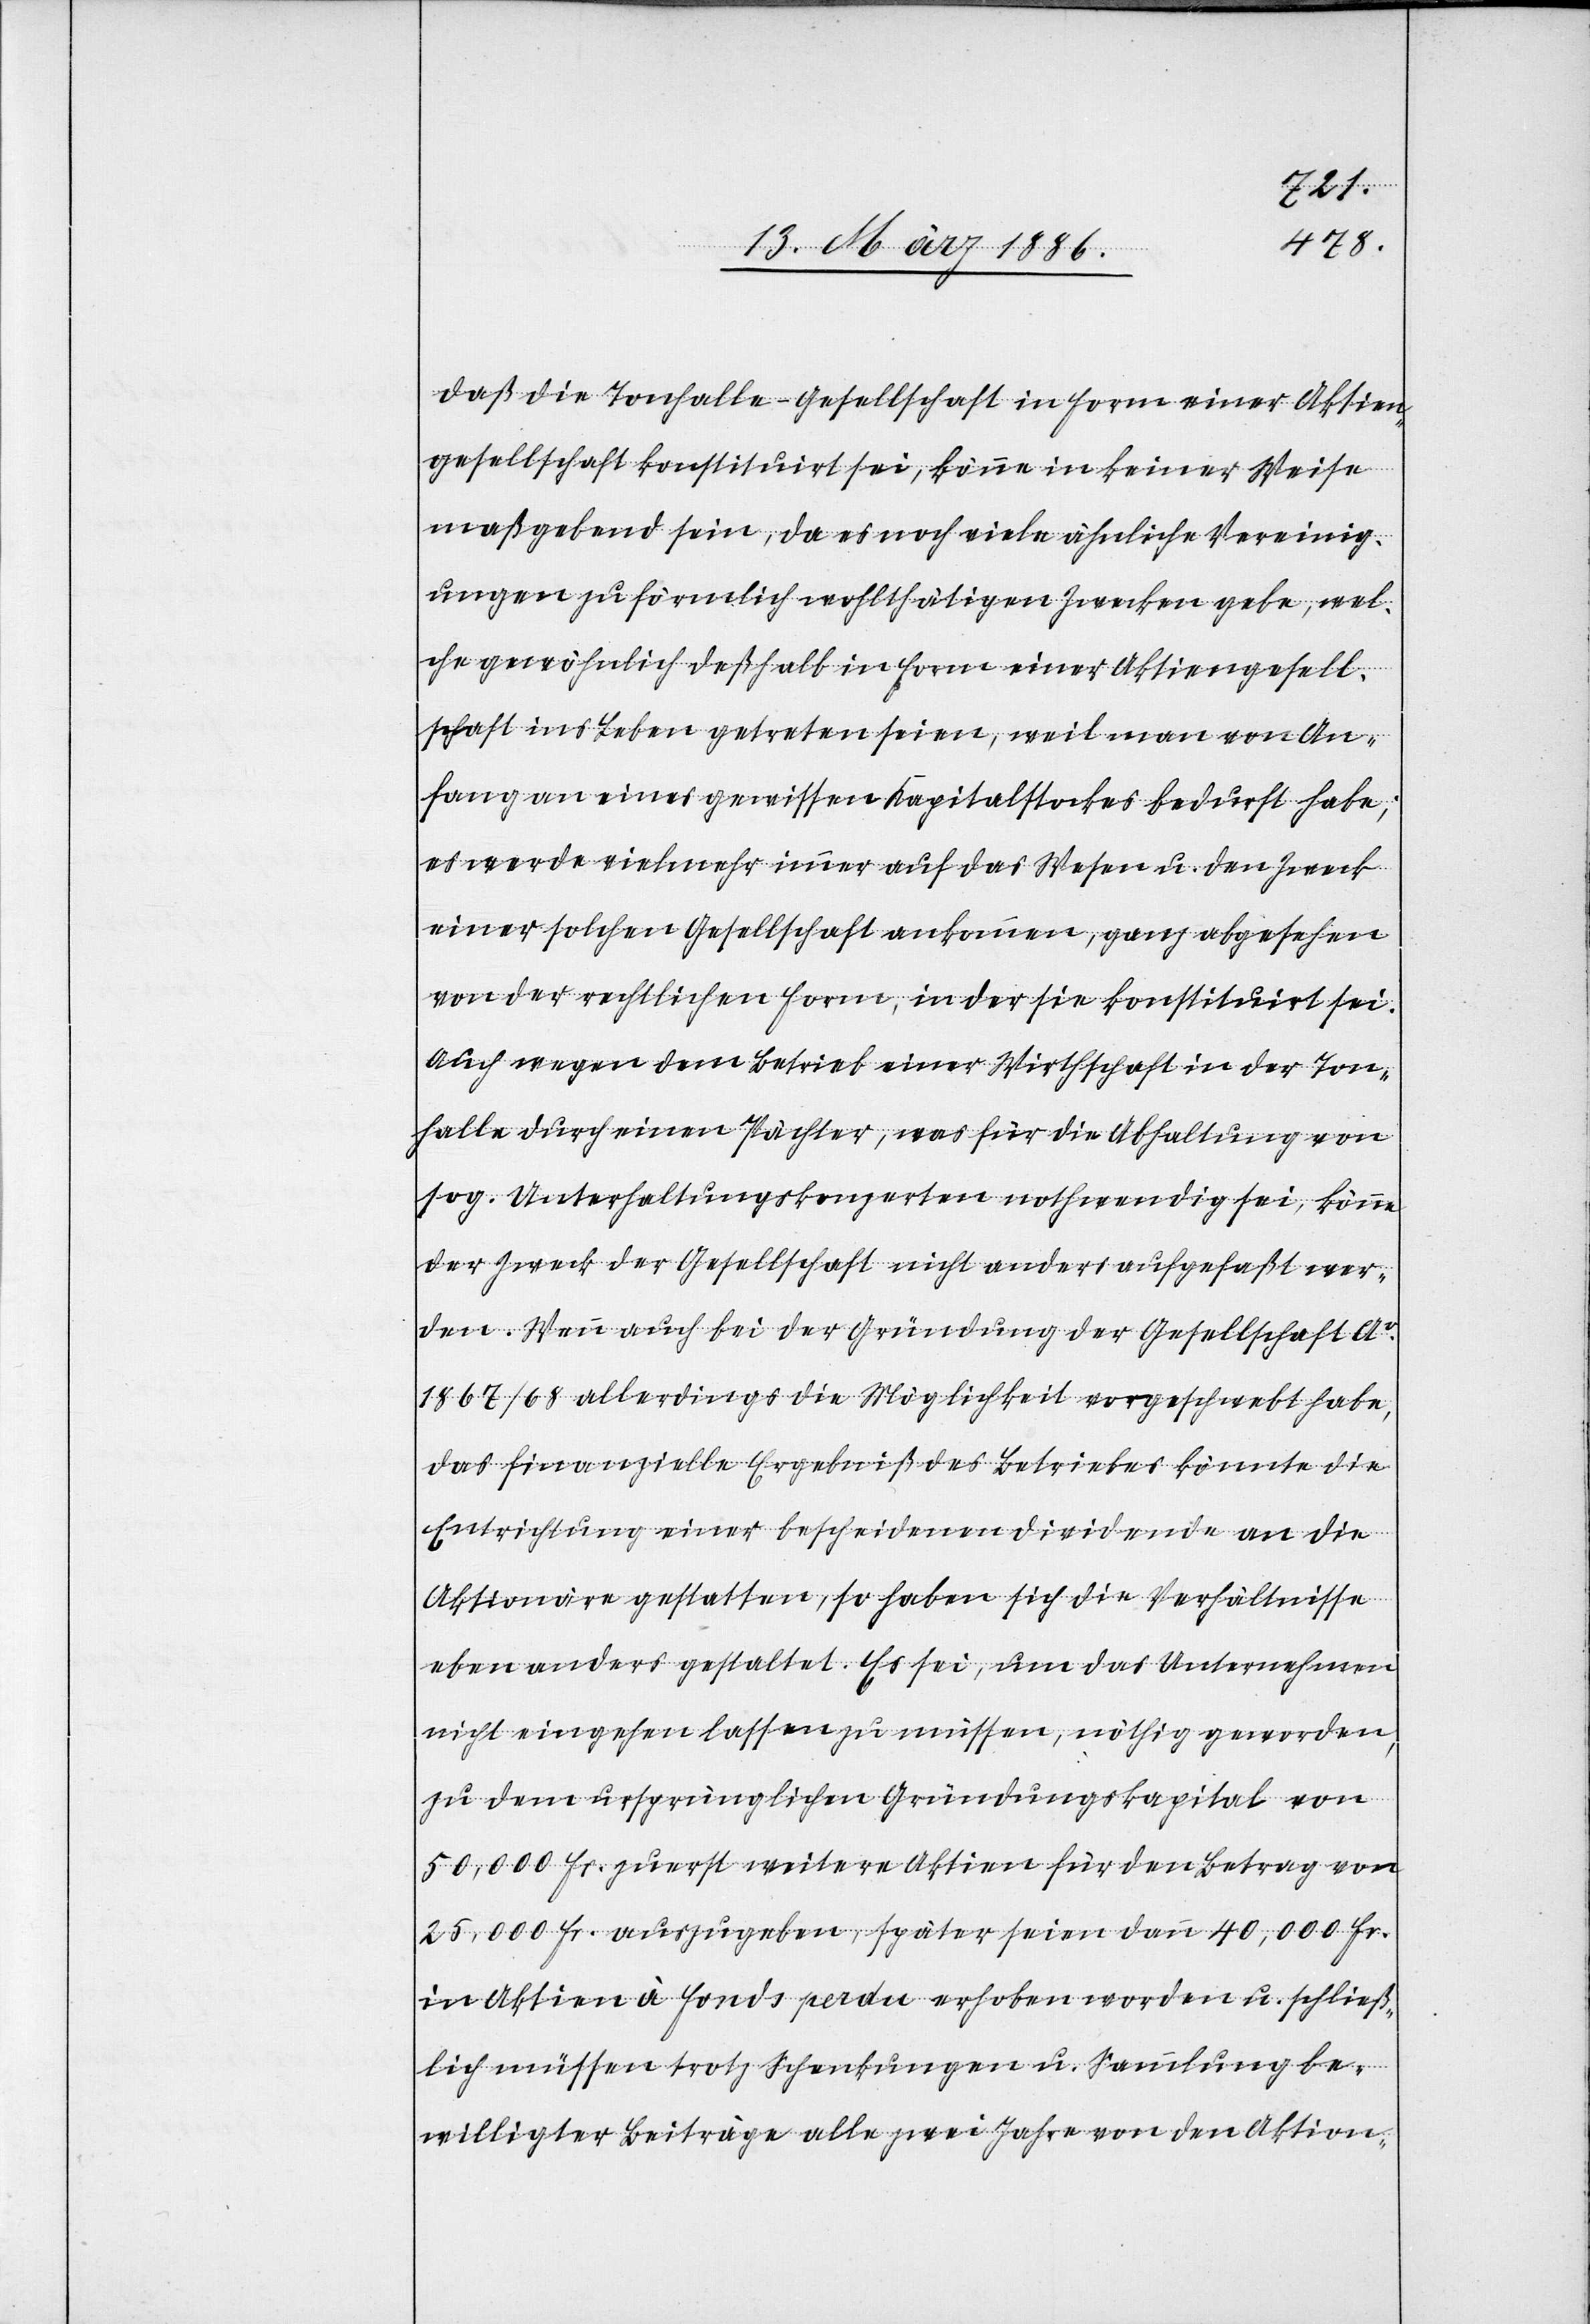
daß die Tonhalle-Gesellschaft in Form einer Aktien¬
gesellschaft konstituirt sei, könne in keiner Weise
maßgebend sein, da es noch viele ähnliche Vereinig¬
ungen zu förmlich wohltätigen Zwecken gebe, wel¬
che gewöhnlich deßhalb in Form einer Aktiengesell¬
schaft ins Leben getreten seien, weil man von An¬
fang an eines gewissen Kapitalstockes bedurft habe;
es werde vielmehr immer auf das Wesen u. den Zweck
einer solchen Gesellschaft ankommen, ganz abgesehen
von der rechtlichen Form, in der sie konstituirt sei.
Auch wegen dem Betrieb einer Wirthschaft in der Ton¬
halle durch einen Pächter, was für die Abhaltung von
sog. Unterhaltungskonzerten nothwendig sei, könne
der Zweck der Gesellschaft nicht anders aufgefaßt wer¬
den. Wenn auch bei der Gründung der Gesellschaft Ao.
1867/68 allerdings die Möglichkeit vorgeschwebt habe,
das finanzielle Ergebniß des Betriebes könnte die
Entrichtung einer bescheidenen Dividende an die
Aktionäre gestatten, so haben sich die Verhältnisse
eben anders gestaltet. Es sei, um das Unternehmen
nicht eingehen lassen zu müssen, nöthig geworden,
zu dem ursprünglichen Gründungskapital von
50,000 Fr. zuerst weitere Aktien für den Betrag von
25,000 Fr. auszugeben, später seien dann 40,000 Fr.
in Aktien à fonds perdu erhoben worden u. schließ¬
lich müssen trotz Schenkungen u. Sammlung be¬
willigter Beiträge alle zwei Jahre von den Aktion-